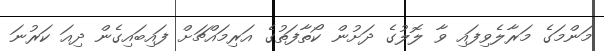
މަންމަގެ މަރާލެވިފައި ވާ ލޮލުގެ ދަށުން ކޯތާފަތުގެ އަރިމައްޗަށް ފައިބައިގެން ދިއަ ކަރުނަ